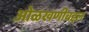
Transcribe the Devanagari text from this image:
ओळखणीबद्दल